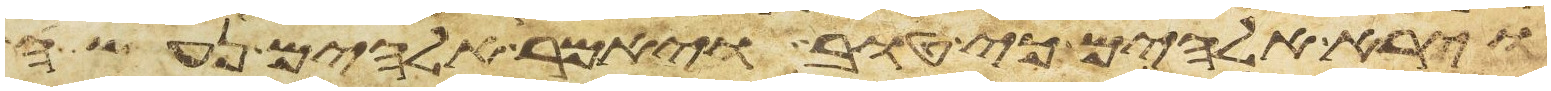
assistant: וירא אלהים כי טוב ויאמר אלהים נעשה